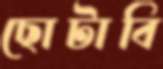
ছোটাবি